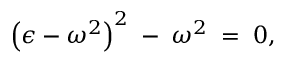
\left( \epsilon - \omega ^ { 2 } \right) ^ { 2 } \; - \; \omega ^ { 2 } \; = \; 0 ,